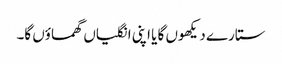
ستارے دیکھوں گا یا اپنی انگلیاں گھماؤں گا۔